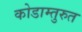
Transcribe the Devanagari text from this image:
कोडाम्तुरुत